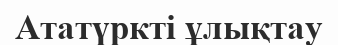
Ататүркті ұлықтау